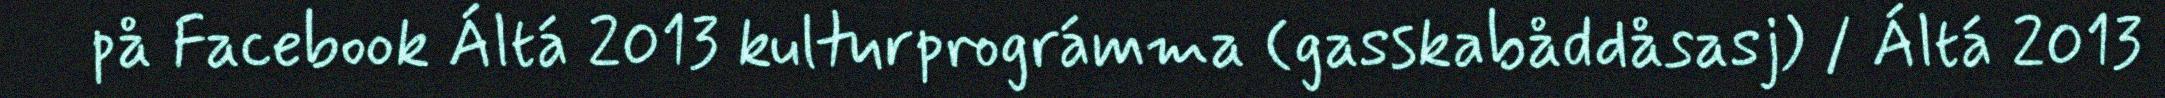
på Facebook Áltá 2013 kulturprográmma (gasskabåddåsasj) / Áltá 2013